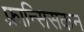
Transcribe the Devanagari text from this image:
फ़्रान्सिसकन